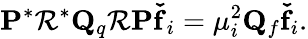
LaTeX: \mathbf{P}^{*}\mathbf{\mathcal{R}}^{*}{\mathbf{Q}_{q}}\mathbf{\mathcal{R}P\check{f}}_{i}=\mu_{i}^{2}{\mathbf{Q}_{f}}\mathbf{\check{f}}_{i}.